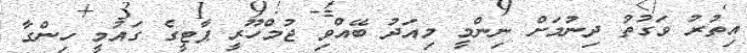
އިތުރު ވަގުތު ދިނުމަށް ނިންމީ މިއަދު ބޭއްވި ޖުމްހޫރީ ޕާޓީގެ ގައުމީ ހިންގާ